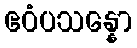
ဧဝံပသန္နော